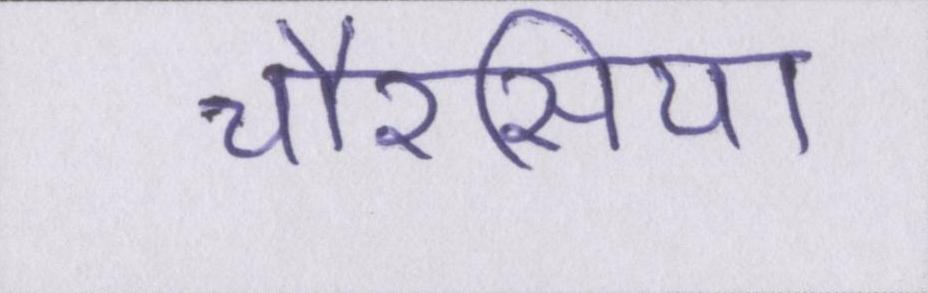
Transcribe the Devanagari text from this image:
चौरसिया